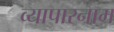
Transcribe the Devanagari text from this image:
व्यापारनाम